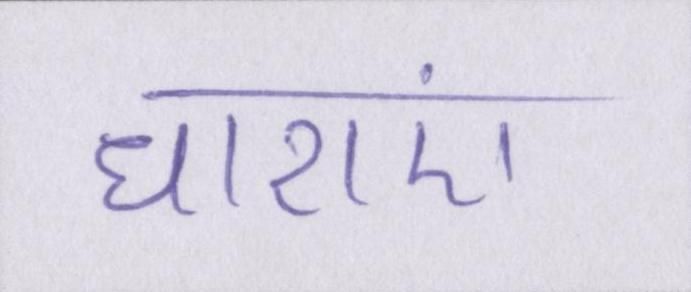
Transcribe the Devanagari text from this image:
धाराएं